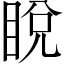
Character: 𥆟